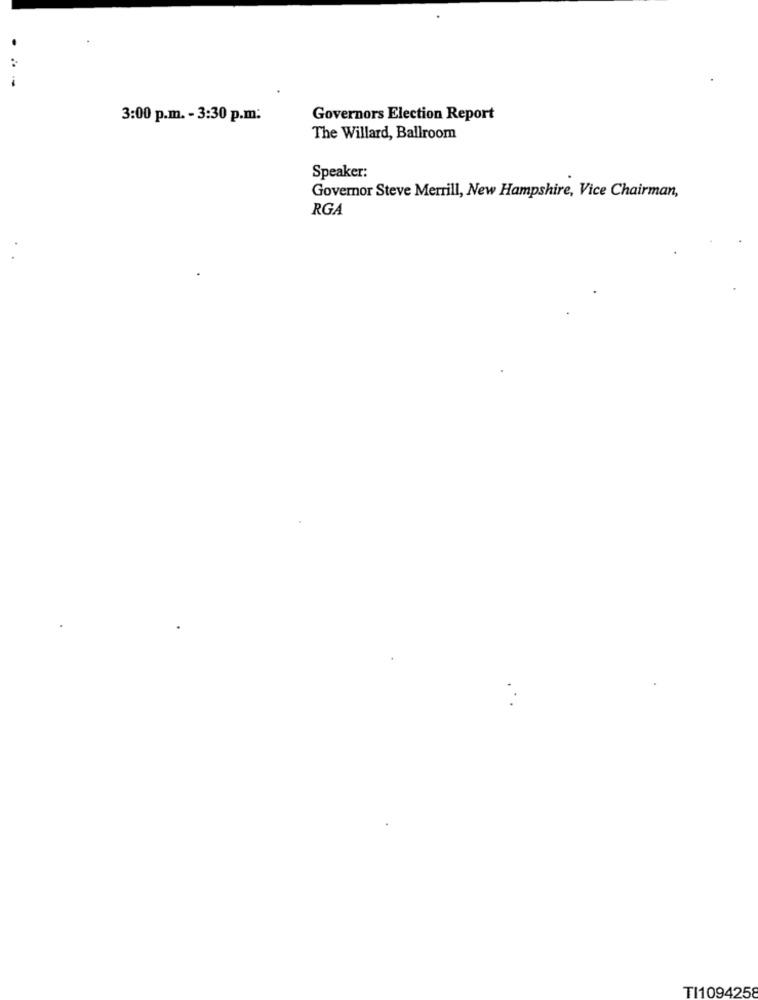
3:00 p.m. - 3:30 p.m:
Governors Election Report
The Willard, Ballroom
Speaker:
Governor Steve Merrill, New Hampshire, Vice Chairman,
RGA
TI1094258